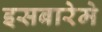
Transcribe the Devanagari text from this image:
इसबारेमे